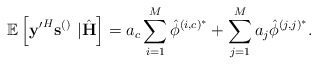
\begin{align*} \mathbb{E}\left[\mathbf{y'}^H\mathbf{s}^{\left(\right)}\right.&\left.|\hat{\mathbf{H}}\right]=a_c\sum_{i=1}^M\hat{\phi}^{\left(i,c\right)^*}+\sum_{j=1}^{M}a_j\hat{\phi}^{\left(j,j\right)^*}.\end{align*}